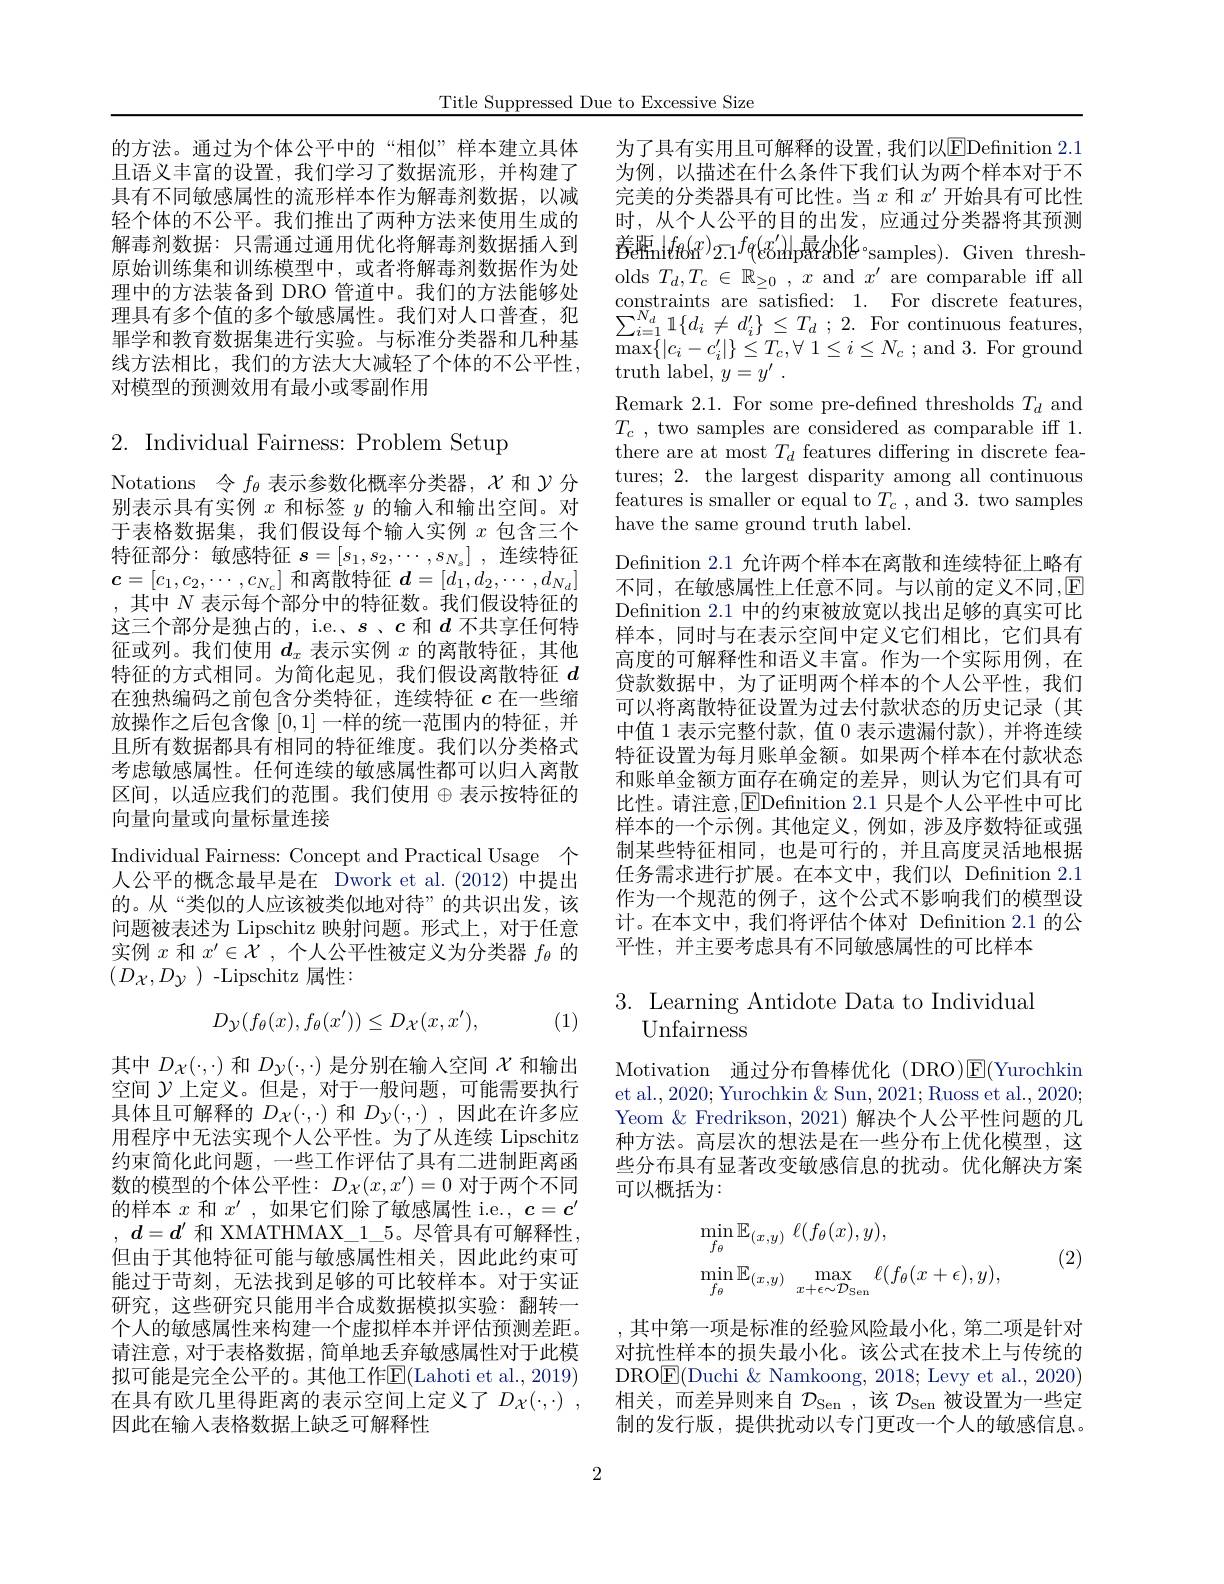
Title Suppressed Due to Excessive Size

的方法。通过为个体公平中的“相似”样本建立具体且语义丰富的设置，我们学习了数据流形，并构建了具有不同敏感属性的流形样本作为解毒剂数据，以减轻个体的不公平。我们推出了两种方法来使用生成的解毒剂数据：只需通过通用优化将解毒剂数据插人到原始训练集和训练模型中，或者将解毒剂数据作为处理中的方法装备到 DRO 管道中。我们的方法能够处理具有多个值的多个敏感属性。我们对人口普查，犯罪学和教育数据集进行实验。与标准分类器和几种基线方法相比，我们的方法大大减轻了个体的不公平性， 对模型的预测效用有最小或零副作用

$2.{\mathrm{~Individual~Fairness:~Problem~Setup}}$

Notations 令$f_\theta$表示参数化概率分类器，$\chi$和$\mathcal{Y}$分别表示具有实例$x$和标签$y$的输入和输出空间。对于表格数据集，我们假设每个输人实例$x$包含三个特征部分：敏感特征$s=[s_1,s_2,\cdots,s_{N_s}]$ ,连续特征$\boldsymbol{c}=[c_1,c_2,\cdots,c_{N_c}]$和离散特征$\boldsymbol d=[d_1,d_2,\cdots,d_{N_d}]$ ,其中 $N$ 表示每个部分中的特征数。我们假设特征的这三个部分是独占的，i.e.、$s$、$c$和$d$不共享任何特征或列。我们使用$d_x$表示实例$x$的离散特征，其他特征的方式相同。为简化起见，我们假设离散特征$d$ 在独热编码之前包含分类特征，连续特征$c$在一些缩放操作之后包含像[0,1]一样的统一范围内的特征，并且所有数据都具有相同的特征维度。我们以分类格式考虑敏感属性。任何连续的敏感属性都可以归人离散区间，以适应我们的范围。我们使用$\oplus$表示按特征的向量向量或向量标量连接
Individual Fairness: Concept and Practical Usage 个人公平的概念最早是在 Dwork et al.(2012)中提出的。从“类似的人应该被类似地对待”的共识出发，该问题被表述为 Lipschitz 映射问题。形式上，对于任意实例$x$和$x^\prime\in\mathcal{X}$ ,个人公平性被定义为分类器$f_\theta$的$(D_{\mathcal{X}},D_{\mathcal{Y}})$-Lipschitz 属性：
$$D_{\mathcal{Y}}(f_\theta(x),f_\theta(x'))\leq D_{\mathcal{X}}(x,x'),$$
(1)

其中$D_{\mathcal{X}}(\cdot,\cdot)$和$Dy(\cdot,\cdot)$是分别在输入空间$\chi$和输出空间$\mathcal{Y}$上定义。但是，对于一般问题，可能需要执行具体且可解释的$D_{\mathcal{X}}(\cdot,\cdot)$和$D_{\mathcal{Y}}(\cdot,\cdot)$ ,因此在许多应用程序中无法实现个人公平性。为了从连续 Lipschitz 约束简化此问题，一些工作评估了具有二进制距离函数的模型的个体公平性：$D_{\mathcal{X}}(x,x^{\prime})=0$对于两个不同的样本$x$和$x^\prime$,如果它们除了敏感属性 i.e., $c=c^\prime$ , $d= d^{\prime }$ 和 XMATHMAX\_1\_5。尽管具有可解释性， 但由于其他特征可能与敏感属性相关，因此此约束可能过于苛刻，无法找到足够的可比较样本。对于实证研究，这些研究只能用半合成数据模拟实验：翻转一个人的敏感属性来构建一个虚拟样本并评估预测差距。请注意，对于表格数据，简单地丢弃敏感属性对于此模拟可能是完全公平的。其他工作E$( Lahoti et al. , 2019)$ 在具有欧几里得距离的表示空间上定义了$D_{\mathcal{X} }( \cdot , \cdot )$ , 因此在输入表格数据上缺乏可解释性

为了具有实用且可解释的设置，我们以EDefnition 2.1为例，以描述在什么条件下我们认为两个样本对于不完美的分类器具有可比性。当$x$和$x^\prime$开始具有可比性时，从个人公平的目的出发，应通过分类器将其预测春 emi$f_{\mathrm{\theta } }( x) _{2. 1}f_{\mathrm{\theta } }( x^{\prime }) |$p最46化$^\mathrm{o}$samples).Given thresholds $T_d,T_c\in\mathbb{R}_{\geq0},x$ and $x^\prime$ are comparable iff all $\underset {N}{\operatorname* { \operatorname* { \text{constraints are satisfied: }} } }$ 1. For discrete features, $\sum _{i= 1}^{N_{d}}1\{ d_{i}\neq d_{i}^{\prime }\} \leq T_{d}$ ; 2. For continuous features, $\max \left | | a_{i}- a_{i}^{\prime }| \right | < T\Leftrightarrow 1< i< N$ ind 2 Eor around $\operatorname*{max}\{|c_{i}-c_{i}^{\prime}|\}\stackrel{\sim}{\leq}T_{c},\forall~1\leq i\leq N_{c}~;$and 3.For ground truth label, $y= y^\prime$ .
Remark 2.1. For some pre-defined thresholds $T_d$ and $T_{c}$ , two samples are considered as comparable iff 1. there are at most $T_d$ features differing in discrete features; 2. the largest disparity among all continuous features is smaller or equal to $T_c$ , and 3. two samples have the same ground truth label.
Defnition 2.1 允许两个样本在离散和连续特征上略有不同，在敏感属性上任意不同。与以前的定义不同，E Definition 2.1 中的约束被放宽以找出足够的真实可比样本，同时与在表示空间中定义它们相比，它们具有高度的可解释性和语义丰富。作为一个实际用例，在贷款数据中，为了证明两个样本的个人公平性，我们可以将离散特征设置为过去付款状态的历史记录(其中值 1 表示完整付款，值 0 表示遗漏付款),并将连续特征设置为每月账单金额。如果两个样本在付款状态和账单金额方面存在确定的差异，则认为它们具有可比性。请注意，EDefinition 2.1 只是个人公平性中可比样本的一个示例。其他定义，例如，涉及序数特征或强制某些特征相同，也是可行的，并且高度灵活地根据任务需求进行扩展。在本文中，我们以 Defnition 2.1作为一个规范的例子，这个公式不影响我们的模型设计。在本文中，我们将评估个体对 Definition 2.1 的公平性，并主要考虑具有不同敏感属性的可比样本

# 3. Learning Antidote Data to Individual Unfairness

Motivation 通过分布鲁棒优化 (DRO)$\mathbb{E}($Yurochkin et al., 2020; Yurochkin & Sun, 2021; Ruoss et al., 2020; Yeom & Fredrikson, 2021) 解决个人公平性问题的几种方法。高层次的想法是在一些分布上优化模型，这些分布具有显著改变敏感信息的扰动。优化解决方案可以概括为：
$$\begin{aligned}&\operatorname*{min}_{f_{\theta}}\mathbb{E}_{(x,y)}\:\ell(f_{\theta}(x),y),\\&\operatorname*{min}_{f_{\theta}}\mathbb{E}_{(x,y)}\max_{x+\epsilon\sim\mathcal{D}_{\mathrm{Sen}}}\ell(f_{\theta}(x+\epsilon),y),\end{aligned}$$
(2)

,其中第一项是标准的经验风险最小化，第二项是针对对抗性样本的损失最小化。该公式在技术上与传统的DRO$\boxed{\mathrm{E}}($Duchi & Namkoong, 2018; Levy et al., 2020) 相关，而差异则来自$\mathcal{D}_\mathrm{Sen}$ ,该$\mathcal{D}_\mathrm{Sen}$被设置为一些定制的发行版，提供扰动以专门更改一个人的敏感信息。

2